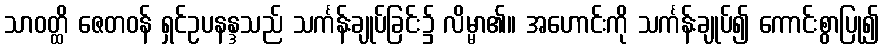
သာဝတ္ထိ ဇေတဝန် ရှင်ဥပနန္ဒသည် သင်္ကန်းချုပ်ခြင်း၌ လိမ္မာ၏။ အဟောင်းကို သင်္ကန်းချုပ်၍ ကောင်းစွာပြု၍